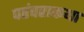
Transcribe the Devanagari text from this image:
परंपराकथा